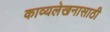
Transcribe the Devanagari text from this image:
काव्यलेखनासाठी